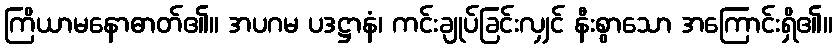
ကြိယာမနောဓာတ်၏။ အပဂမ ပဒဋ္ဌာနံ၊ ကင်းချုပ်ခြင်းလျှင် နီးစွာသော အကြောင်းရှိ၏။